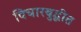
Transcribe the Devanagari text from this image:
विचारबुद्धीत